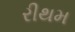
રીથમ